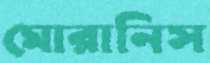
মোরানিস